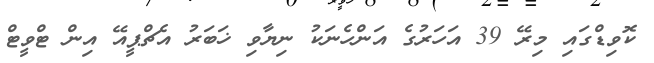
ކޮވިޑްގައި މިރޭ 39 އަހަރުގެ އަންހެނަކު ނިޔާވި ޚަބަރު އެޗްޕީއޭ އިން ޓްވީޓް